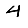
Digit: 4